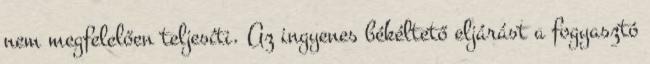
nem megfelelően teljesíti. Az ingyenes békéltető eljárást a fogyasztó